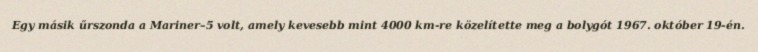
Egy másik űrszonda a Mariner–5 volt, amely kevesebb mint 4000 km-re közelítette meg a bolygót 1967. október 19-én.